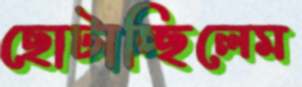
ছোটাচ্ছিলেম